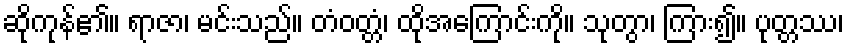
ဆိုကုန်၏။ ရာဇာ၊ မင်းသည်။ တံဝတ္တံ၊ ထိုအကြောင်းကို။ သုတွာ၊ ကြား၍။ ပုတ္တဿ၊